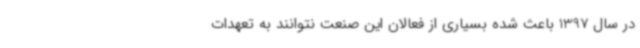
در سال 1397 باعث شده بسیاری از فعالان این صنعت نتوانند به تعهدات